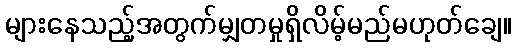
များနေသည့်အတွက်မျှတမှုရှိလိမ့်မည်မဟုတ်ချေ။